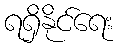
ရရှိနိုင်ရေး